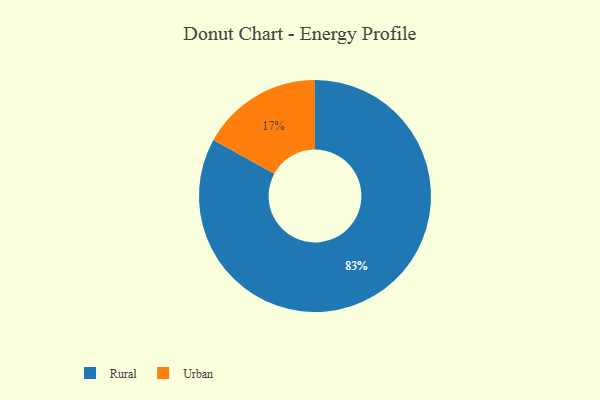
{"axis": {"x": "Category", "y": "Percentage"}, "legend": ["Rural", "Urban"], "data": [{"x": "Urban", "y": 17, "type": "Urban"}, {"x": "Rural", "y": 83, "type": "Rural"}]}